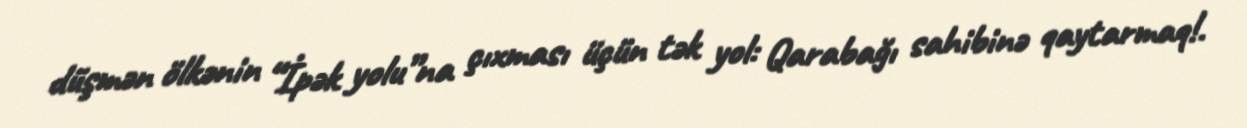
düşmən ölkənin “İpək yolu”na çıxması üçün tək yol: Qarabağı sahibinə qaytarmaq!.